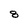
Character: 8